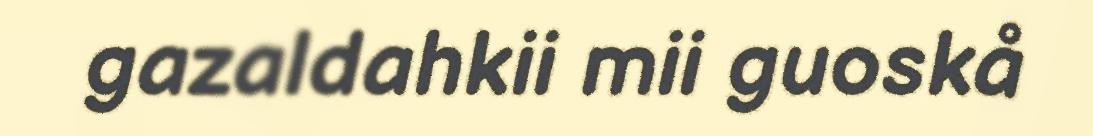
gazaldahkii mii guoskå